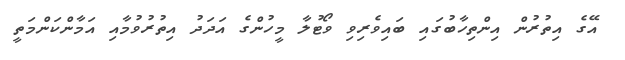
އޭގެ އިތުރުން އިންތިހާބުގައި ބައިވެރިވި ވޯޓުލާ މީހުންގެ އަދަދު އިތުރުވުމާއި އަމާންކަންމަތީ